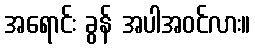
အရောင်း ခွန် အပါအဝင်လား။